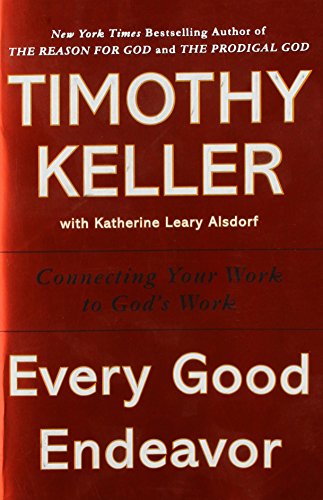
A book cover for Every Good Endeavor: Connecting Your Work to God's Work; Timothy Keller; Christian Books & Bibles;